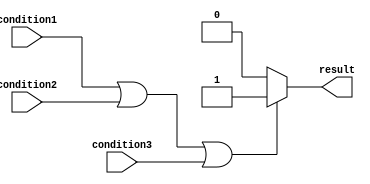
module if_else_module (
    input wire condition1,
    input wire condition2,
    input wire condition3,
    output reg result
    );

    always @(*) begin
        if (condition1 || condition2 || condition3) begin
            // If any of the conditions evaluate to true, execute this block
            result = 1;
        end else begin
            // If none of the conditions evaluate to true, execute this block
            result = 0;
        end
    end

endmodule